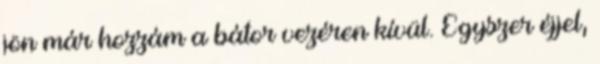
jön már hozzám a bátor vezéren kívül. Egyszer éjjel,